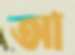
আ